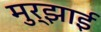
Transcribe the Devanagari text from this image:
मुर्झाई